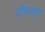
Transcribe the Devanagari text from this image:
दीधदता